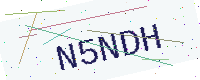
Text: N5NDH